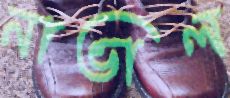
নাভাল